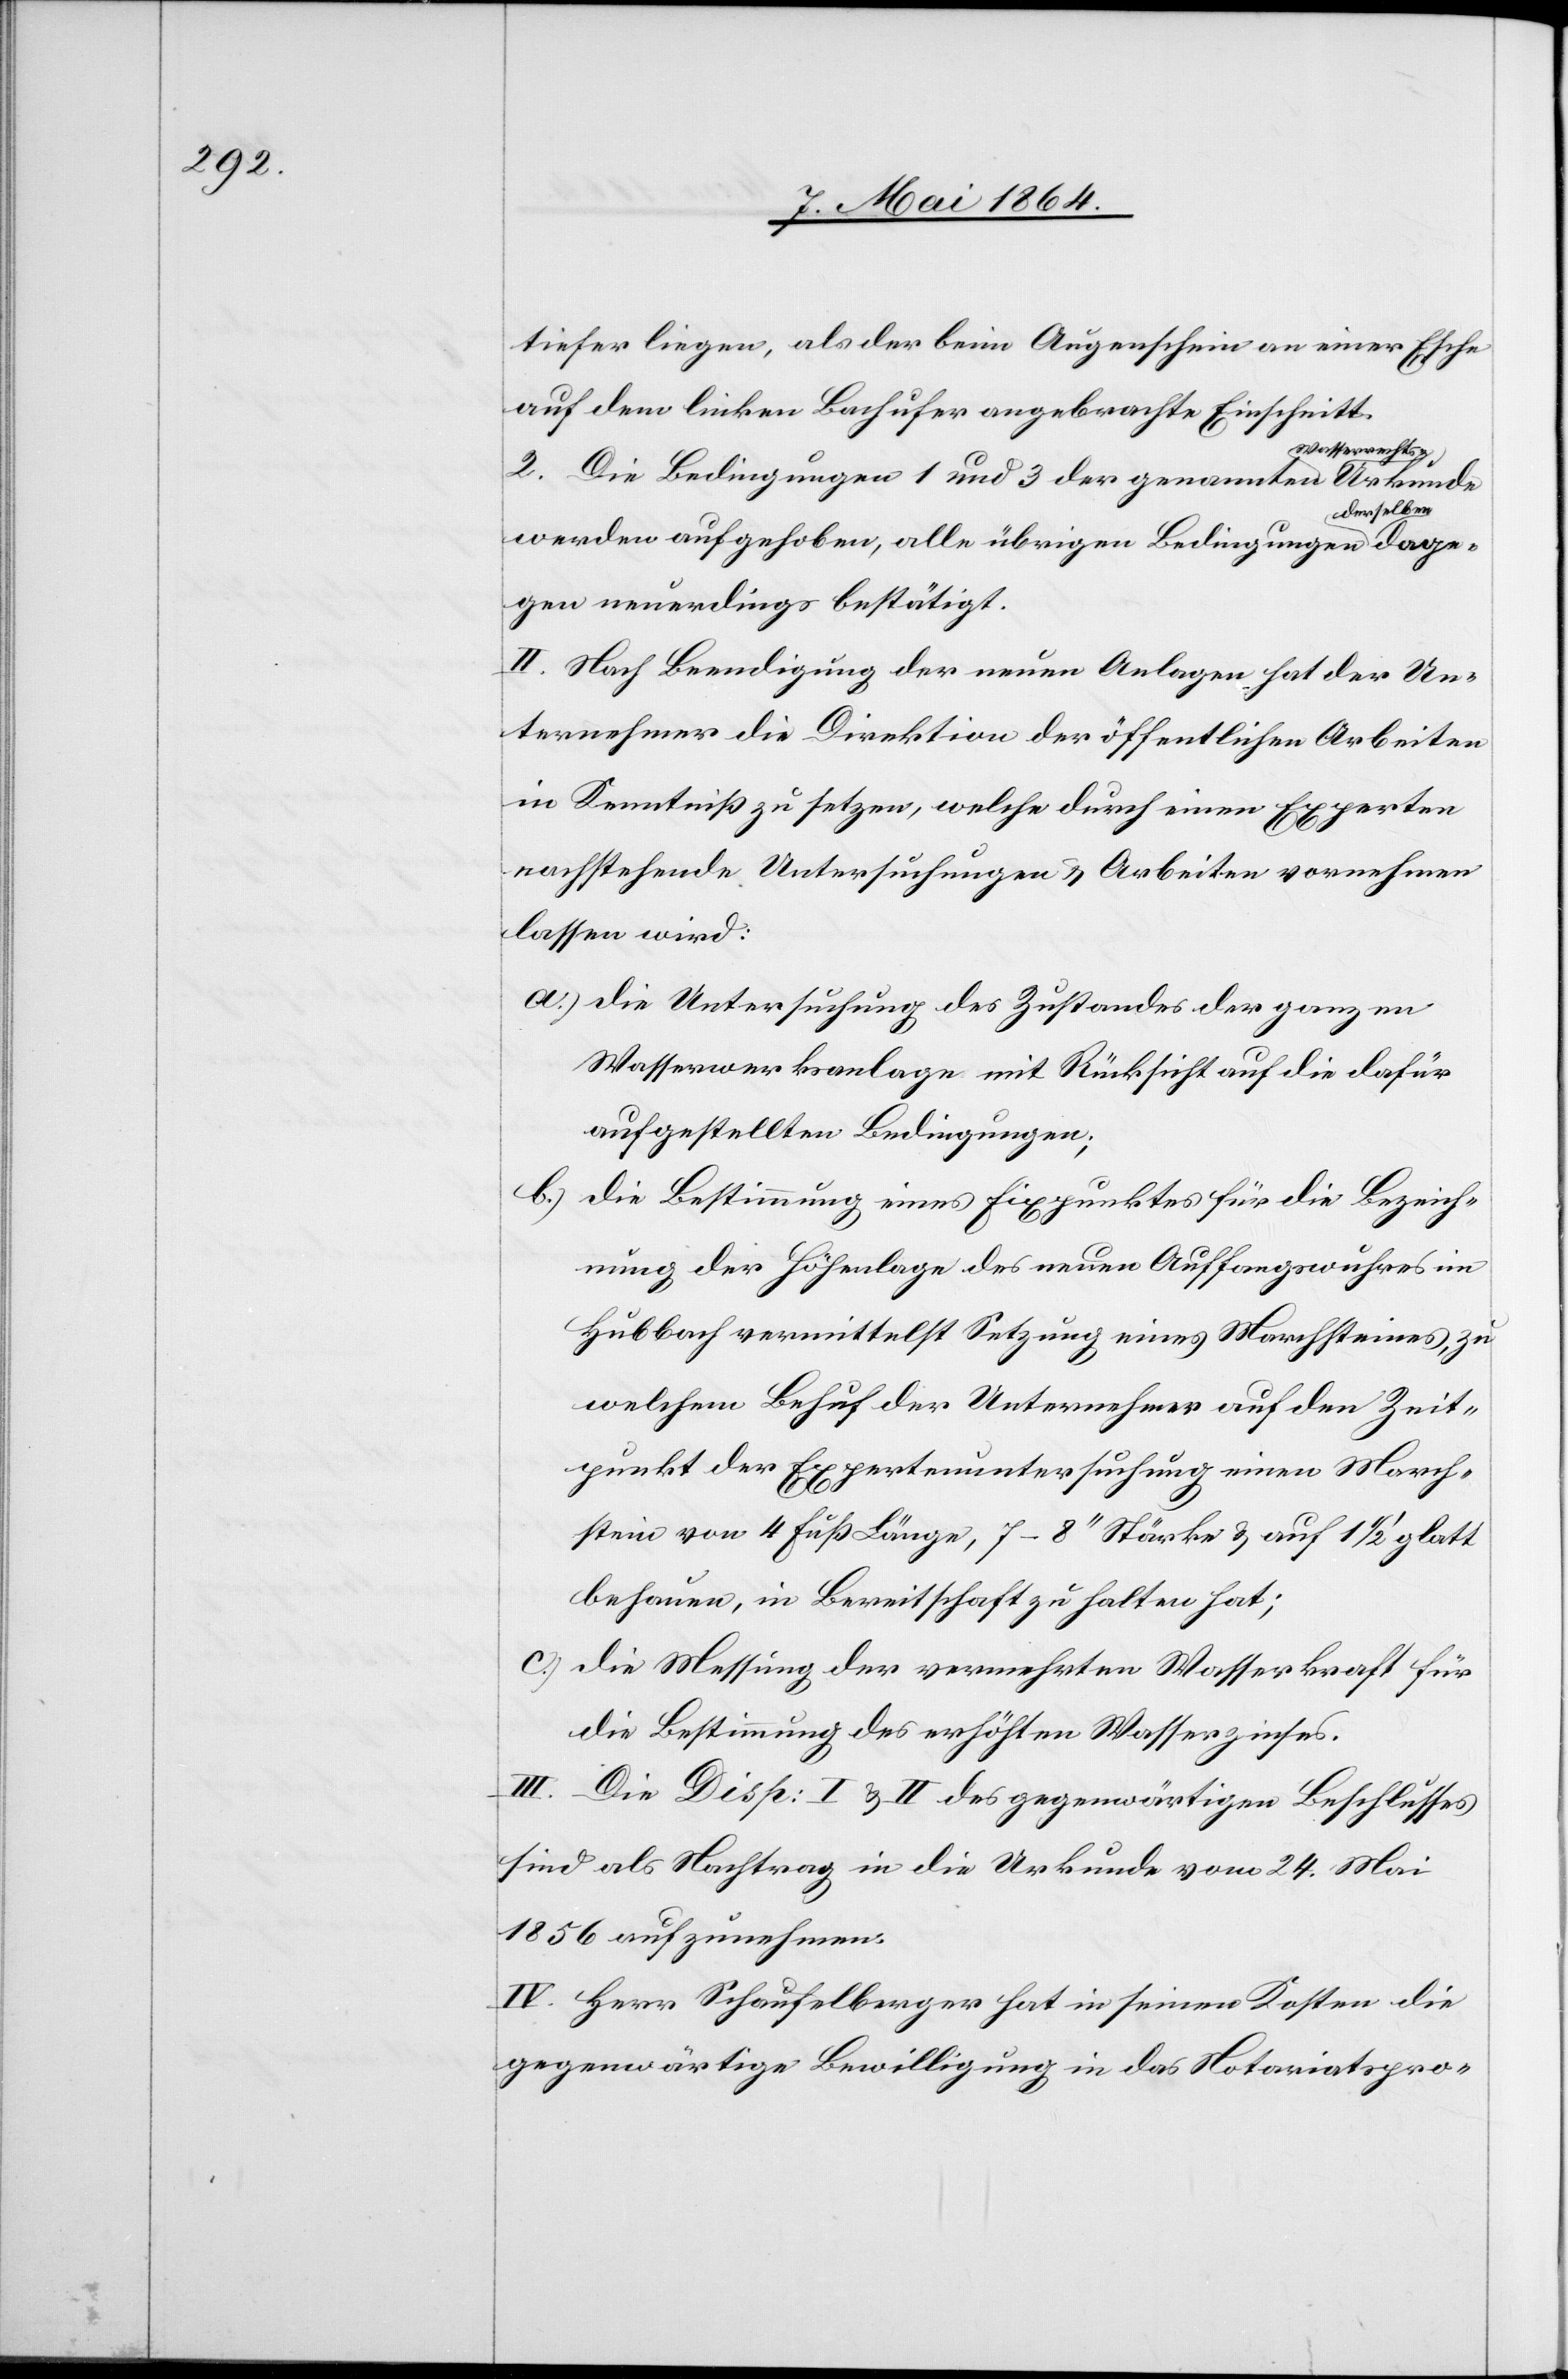
dage¬

tiefer liegen, als der beim Augenschein an einer Esche
auf dem linken Bachufer angebrachte Einschnitt.
errechts-Urkunde
2. Die Bedingungen 1 und 3 der genannten Wass¬
erselben
werden aufgehoben, alle übrigen Bedingungen d¬
gen neuerdings bestätigt.
II. Nach Beendigung der neuen Anlagen hat der Un¬
ternehmer die Direktion der öffentlichen Arbeiten
in Kenntniß zu setzen, welche durch einen Experten
nachstehende Untersuchungen u. Arbeiten vornehmen
lassen wird:
a.) die Untersuchung des Zustandes der ganzen
Wasserwerksanlage mit Rücksicht auf die dafür
aufgestellten Bedingungen;
b.) die Bestimmung eines Fixpunktes für die Bezeich¬
nung der Höhenlage des neuen Auffangswuhres im
Hubbach vermittelst Setzung eines Marchsteines, zu
welchem Behuf der Unternehmer auf den Zeit¬
punkt der Expertenuntersuchung einen March¬
stein von 4 Fuß Länge, 7–8’’ Stärke u. auf 1 1/2’ glatt
behauen, in Bereitschaft zu halten hat;
c.) die Messung der vermehrten Wasserkraft für
die Bestimmung des erhöhten Wasserzinses.
III. Die Disp: I & II des gegenwärtigen Beschlusses
sind als Nachtrag in die Urkunde vom 24. Mai
1856 aufzunehmen.
IV. Herr Schaufelberger hat in seinen Kosten die
gegenwärtige Bewilligung in das Notariatspro-